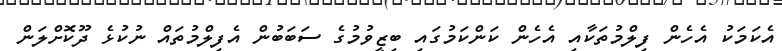
އެކަމަކު އެހެން ފިލްމުތަކާއި އެހެން ކަންކަމުގައި ބިޒީވުމުގެ ސަބަބުން އެފިލްމުތައް ނުކުޅެ ދޫކޮށްލަން